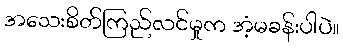
အသေးစိတ်ကြည်လင်မှုက အံ့မခန်းပါပဲ။